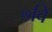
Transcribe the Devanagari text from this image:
७वि